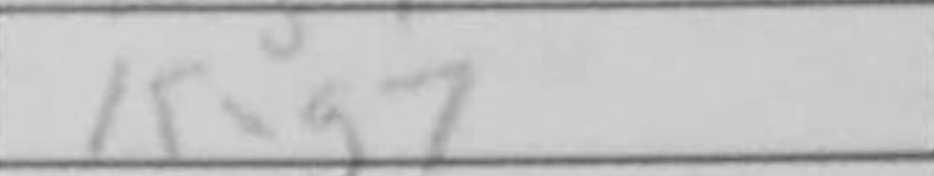
Transcription: Kxg7